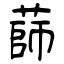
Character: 蒒